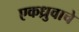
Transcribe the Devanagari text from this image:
एकध्रुवाचे